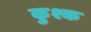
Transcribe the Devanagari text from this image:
कुश्क